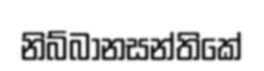
නිබ්බානසන්තිකේ